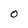
Character: O